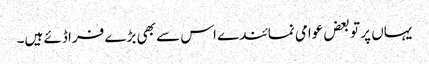
یہاں پر تو بعض عوامی نمائندے اس سے بھی بڑے فراڈئے ہیں۔